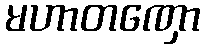
မဟာတဏှော